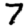
Digit: 7